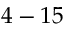
4 - 1 5